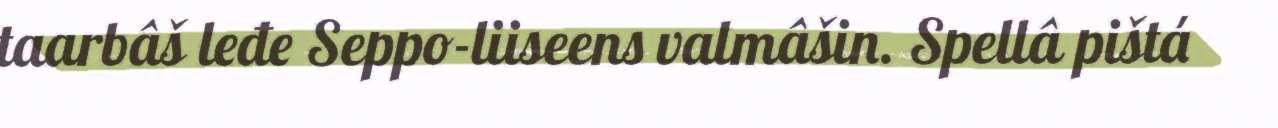
taarbâš leđe Seppo-liiseens valmâšin. Spellâ pištá